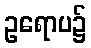
ဥရောပ၌